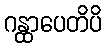
ဂန္ထာပေတိပိ